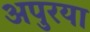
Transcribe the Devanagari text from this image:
अपुरया